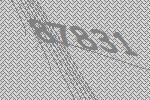
87831